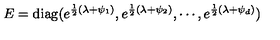
E = \mathrm { d i a g } ( e ^ { { \frac { 1 } { 2 } } ( \lambda + \psi _ { 1 } ) } , e ^ { { \frac { 1 } { 2 } } ( \lambda + \psi _ { 2 } ) } , \cdots , e ^ { { \frac { 1 } { 2 } } ( \lambda + \psi _ { d } ) } )